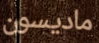
ماديسون